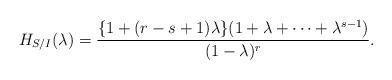
LaTeX: \begin{align*}H_{S / I} (\lambda) = \frac{ \{1 + (r-s+1)\lambda\}(1 + \lambda + \cdots + \lambda^{s-1})}{(1-\lambda)^{r}}. \end{align*}